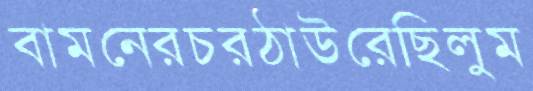
বামনেরচরঠাউরেছিলুম